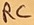
Text: RC